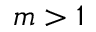
m > 1